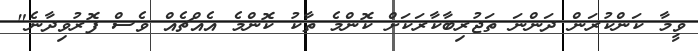
ވީމާ ކަންކުރަން ދަންނަ ތަޖުރިބާކާރަކަށް ކޮންމެ ތާކު ކޮންމެ އެއްޗެއް ވެސް ފޮރުވިދާނެ"